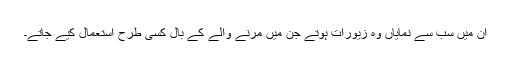
ان میں سب سے نمایاں وہ زیورات ہوتے جن میں مرنے والے کے بال کسی طرح استعمال کیے جاتے۔